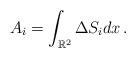
LaTeX: \begin{align*}A_i=\int_{\mathbb{R}^2} \Delta S_i dx\,.\end{align*}